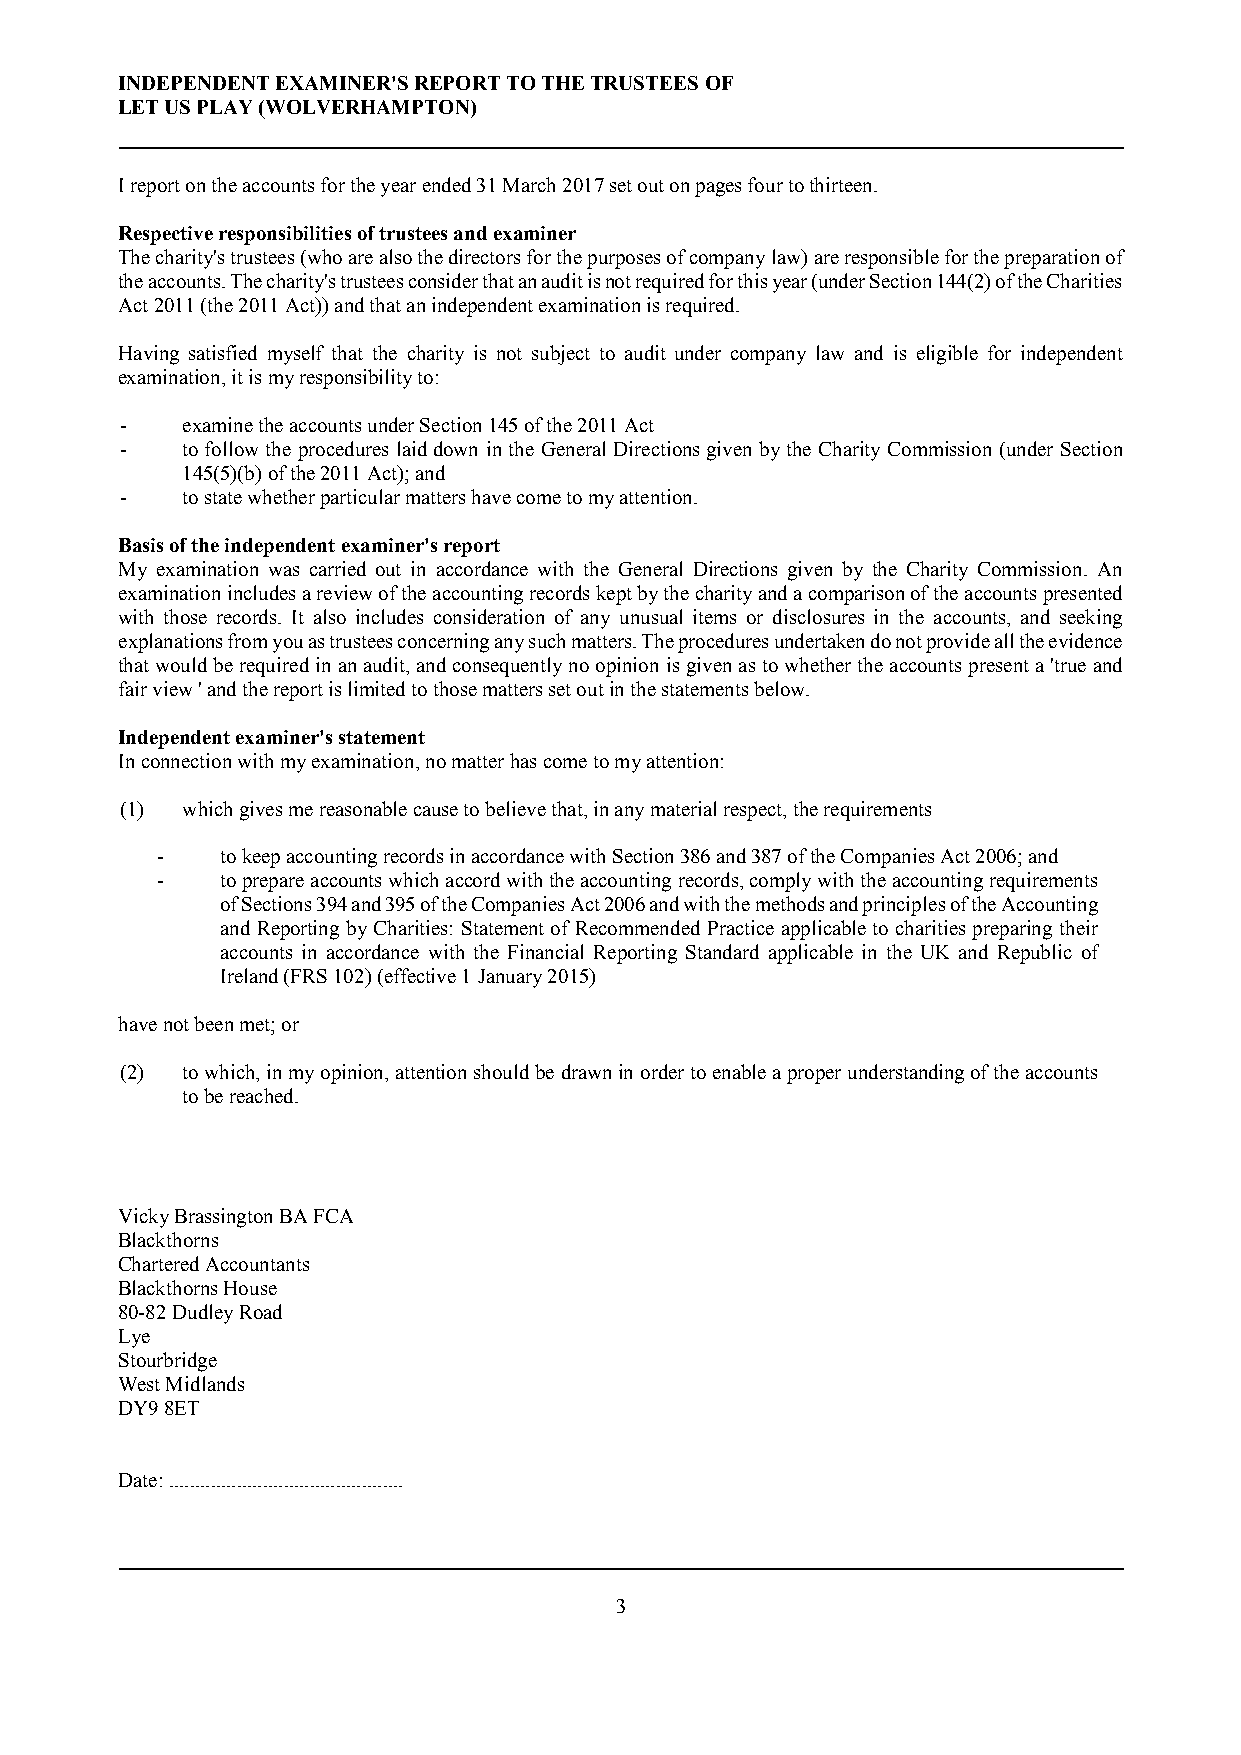
INDEPENDENT EXAMINER'S REPORT TO THE TRUSTEES OF
 LET US PLAY (WOLVERHAMPTON)
 I report on the accounts for the year ended 31 March 2017 set out on pages four to thirteen.
 Respective responsibilities of trustees and examiner
 The charity's trustees (who are also the directors for the purposes of company law) are responsible for the preparation of
 the accounts. The charity's trustees consider that an audit is not required for this year (under Section 144(2) of the Charities
 Act 2011 (the 2011 Act)) and that an independent examination is required.
 Having satisfied myself that the charity is not subject to audit under company law and is eligible for independent
 examination, it is my responsibility to:
 -   examine the accounts under Section 145 of the 2011 Act
 -   to follow the procedures laid down in the General Directions given by the Charity Commission (under Section
 145(5)(b) of the 2011 Act); and
 -   to state whether particular matters have come to my attention.
 Basis of the independent examiner's report
 My examination was carried out in accordance with the General Directions given by the Charity Commission. An
 examination includes a review of the accounting records kept by the charity and a comparison of the accounts presented
 with those records. It also includes consideration of any unusual items or disclosures in the accounts, and seeking
 explanations from you as trustees concerning any such matters. The procedures undertaken do not provide all the evidence
 that would be required in an audit, and consequently no opinion is given as to whether the accounts present a 'true and
 fair view ' and the report is limited to those matters set out in the statements below.
 Independent examiner's statement
 In connection with my examination, no matter has come to my attention:
 (1) which gives me reasonable cause to believe that, in any material respect, the requirements
 -    to keep accounting records in accordance with Section 386 and 387 of the Companies Act 2006; and
 -    to prepare accounts which accord with the accounting records, comply with the accounting requirements
 of Sections 394 and 395 of the Companies Act 2006 and with the methods and principles of the Accounting
 and Reporting by Charities: Statement of Recommended Practice applicable to charities preparing their
 accounts in accordance with the Financial Reporting Standard applicable in the UK and Republic of
 Ireland (FRS 102) (effective 1 January 2015)
 have not been met; or
 (2) to which, in my opinion, attention should be drawn in order to enable a proper understanding of the accounts
 to be reached.
 Vicky Brassington BA FCA
 Blackthorns
 Chartered Accountants
 Blackthorns House
 80-82 Dudley Road
 Lye
 Stourbridge
 West Midlands
 DY9 8ET
 Date: .............................................
 3